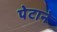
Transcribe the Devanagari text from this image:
पेटाने